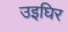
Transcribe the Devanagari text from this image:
उइघिर